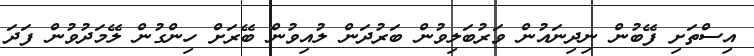
އިސްތަށި ފޭބުން ނިދިނައުން ވަރުބަލިވުން ބަރުދަން ލުއިވުން ބޭރަށް ހިންގުން ލޭމަދުވުން ފަދަ